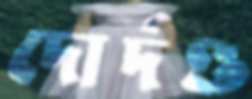
দোর্দণ্ড